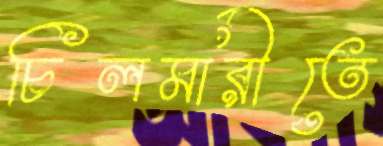
চিলমারীতে